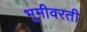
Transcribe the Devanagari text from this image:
भूमीवरती